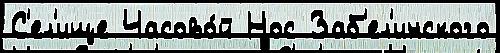
С'ел'ище Часово́й Нос Заб'ел'инского